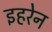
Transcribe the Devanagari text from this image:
इहरेन